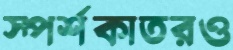
স্পর্শকাতরও